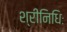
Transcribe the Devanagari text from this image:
श्रीनिधिः